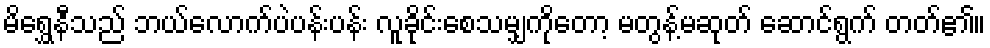
မိရွှေနီသည် ဘယ်လောက်ပဲပန်းပန်း လူခိုင်းစေသမျှကိုတော့ မတွန့်မဆုတ် ဆောင်ရွက် တတ်၏။